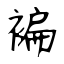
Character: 褊